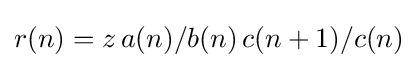
{\textstyle r(n)=z\,a(n)/b(n)\,c(n+1)/c(n)}